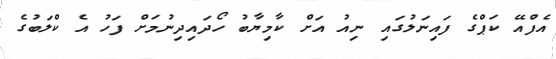
އެފްއޭ ކަޕްގެ ފައިނަލުގައި ނިއު އަށް ކާމިޔާބު ހޯދައިދިނުމަށް ފަހު އެ ކްލަބުގެ